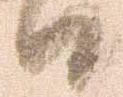
日